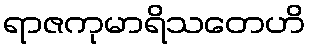
ရာဇကုမာရိသတေဟိ